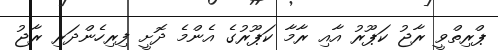
ޕްރިތްވީ ރާޖު ކަޕޫރު އާއި ރާމާ ކަޕޫރުގެ އެންމެ ދޮށީ ފިރިހެންދަރި ރާޖު